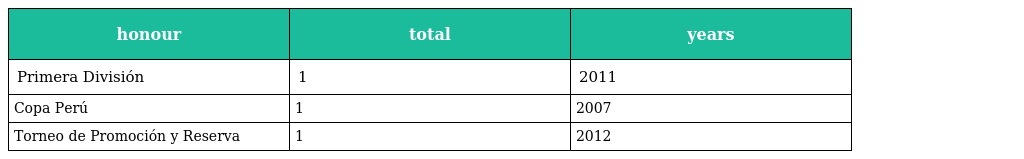
| honour | total | years |
 | --- | --- | --- |
 | Primera División | 1 | 2011 |
 | Copa Perú | 1 | 2007 |
 | Torneo de Promoción y Reserva | 1 | 2012 |